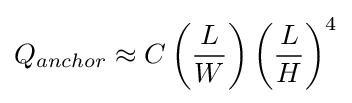
Q_{anchor}\approx C\left({\frac {L}{W}}\right)\left({\frac {L}{H}}\right)^{4}